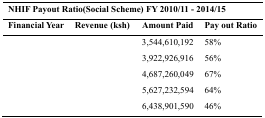
<table><thead><tr><td colspan="4"><b>NHIF Payout Ratio(Social Scheme) FY 2010/11 - 2014/15</b></td></tr><tr><td><b>Financial Year</b></td><td><b>Revenue (ksh)</b></td><td><b>Amount Paid</b></td><td><b>Pay out Ratio</b></td></tr></thead><tbody><tr><td>[EMPTY_CELL]</td><td>[EMPTY_CELL]</td><td>3,544,610,192</td><td>58%</td></tr><tr><td>[EMPTY_CELL]</td><td>[EMPTY_CELL]</td><td>3,922,926,916</td><td>56%</td></tr><tr><td>[EMPTY_CELL]</td><td>[EMPTY_CELL]</td><td>4,687,260,049</td><td>67%</td></tr><tr><td>[EMPTY_CELL]</td><td>[EMPTY_CELL]</td><td>5,627,232,594</td><td>64%</td></tr><tr><td>[EMPTY_CELL]</td><td>[EMPTY_CELL]</td><td>6,438,901,590</td><td>46%</td></tr></tbody></table>